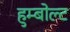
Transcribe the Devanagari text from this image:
हुम्बोल्ट